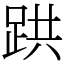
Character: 𫏇